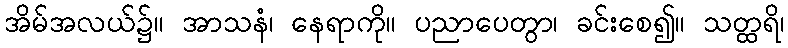
အိမ်အလယ်၌။ အာသနံ၊ နေရာကို။ ပညာပေတွာ၊ ခင်းစေ၍။ သတ္ထရိ၊